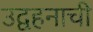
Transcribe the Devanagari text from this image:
उद्वहनाची